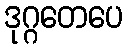
ဒုဂ္ဂတေပေ